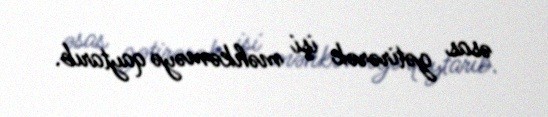
əsas gətirərək işi məhkəməyə qaytarıb.